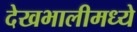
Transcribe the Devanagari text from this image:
देखभालीमध्ये